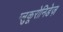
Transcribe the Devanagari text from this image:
ग्लुकूरोनिडेज़